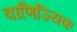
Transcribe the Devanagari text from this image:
वाणिज्यिक